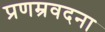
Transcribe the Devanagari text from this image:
प्रणम्रवदना